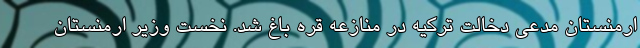
ارمنستان مدعی دخالت ترکیه در منازعه قره باغ شد. نخست وزیر ارمنستان